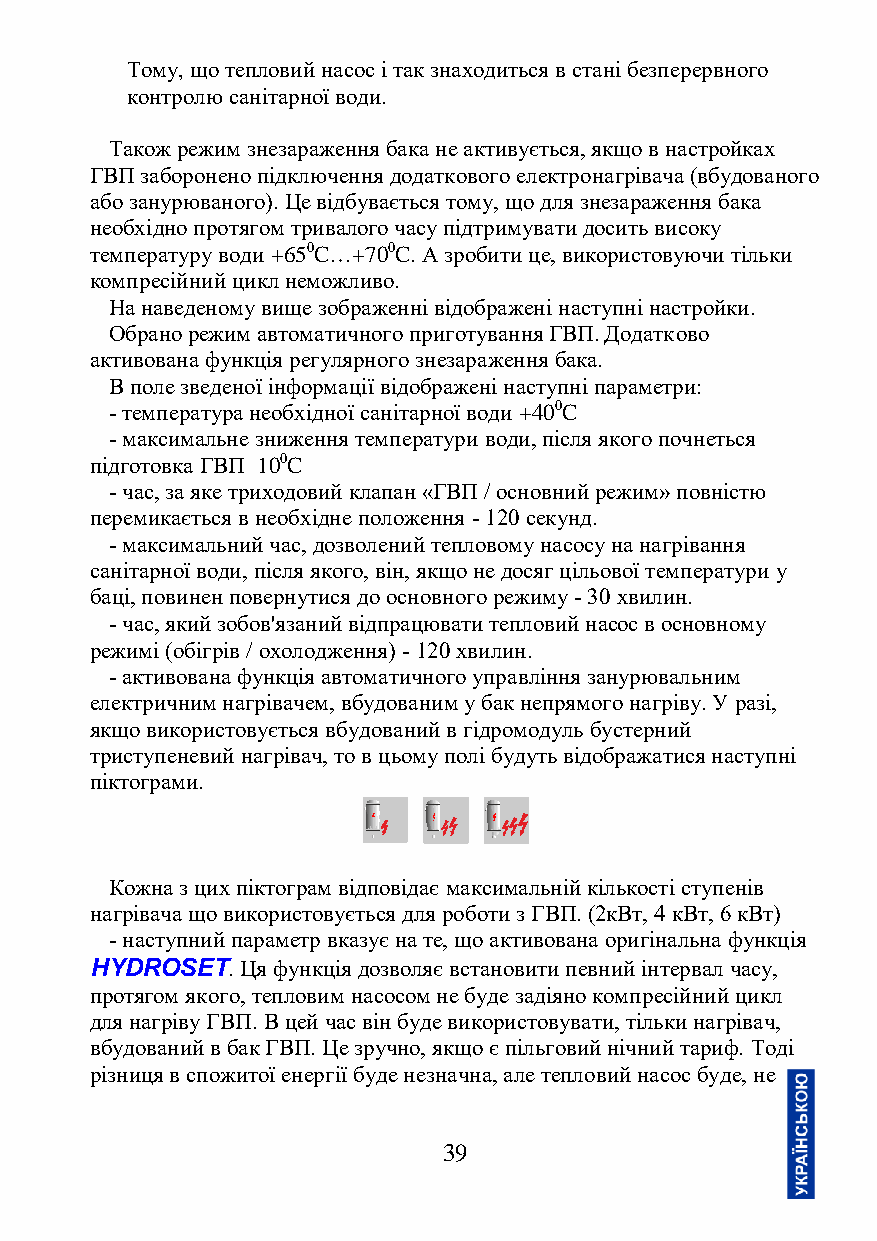
Тому, що тепловий насос і так знаходиться в стані безперервного
 контролю санітарної води.
 Також режим знезараження бака не активується, якщо в настройках
 ГВП заборонено підключення додаткового електронагрівача (вбудованого
 або занурюваного). Це відбувається тому, що для знезараження бака
 необхідно протягом тривалого часу підтримувати досить високу
 температуру води +650C…+700C. А зробити це, використовуючи тільки
 компресійний цикл неможливо.
 На наведеному вище зображенні відображені наступні настройки.
 Обрано режим автоматичного приготування ГВП. Додатково
 активована функція регулярного знезараження бака.
 В поле зведеної інформації відображені наступні параметри:
 - температура необхідної санітарної води +400C
 - максимальне зниження температури води, після якого почнеться
 підготовка ГВП 100C
 - час, за яке триходовий клапан «ГВП / основний режим» повністю
 перемикається в необхідне положення - 120 секунд.
 - максимальний час, дозволений тепловому насосу на нагрівання
 санітарної води, після якого, він, якщо не досяг цільової температури у
 баці, повинен повернутися до основного режиму - 30 хвилин.
 - час, який зобов'язаний відпрацювати тепловий насос в основному
 режимі (обігрів / охолодження) - 120 хвилин.
 - активована функція автоматичного управління занурювальним
 електричним нагрівачем, вбудованим у бак непрямого нагріву. У разі,
 якщо використовується вбудований в гідромодуль бустерний
 триступеневий нагрівач, то в цьому полі будуть відображатися наступні
 піктограми.
 Кожна з цих піктограм відповідає максимальній кількості ступенів
 нагрівача що використовується для роботи з ГВП. (2кВт, 4 кВт, 6 кВт)
 - наступний параметр вказує на те, що активована оригінальна функція
 HYDROSET. Ця функція дозволяє встановити певний інтервал часу,
 протягом якого, тепловим насосом не буде задіяно компресійний цикл
 для нагріву ГВП. В цей час він буде використовувати, тільки нагрівач,
 вбудований в бак ГВП. Це зручно, якщо є пільговий нічний тариф. Тоді
 різниця в спожитої енергії буде незначна, але тепловий насос буде, не
 39